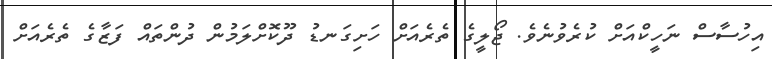
އިހުސާސް ނަހީކްއަށް ކުރެވުނެވެ. ޖޯލީގެ ތެރެއަށް ހަށިގަނޑު ދޫކޮށްލަމުން ދުންތައް ފަޒާގެ ތެރެއަށް